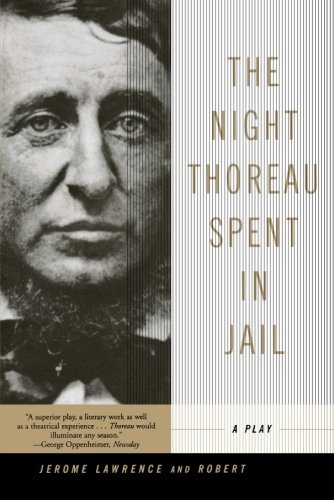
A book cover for The Night Thoreau Spent in Jail: A Play; Jerome Lawrence; Literature & Fiction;